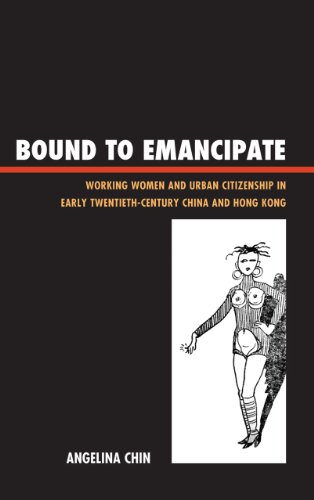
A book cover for Bound to Emancipate: Working Women and Urban Citizenship in Early Twentieth-Century China and Hong Kong (Asia/Pacific/Perspectives); Angelina Chin; History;